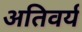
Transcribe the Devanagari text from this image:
अतिवर्य